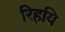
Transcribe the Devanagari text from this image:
रिहयि